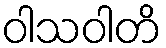
ဝါသဝါတိ